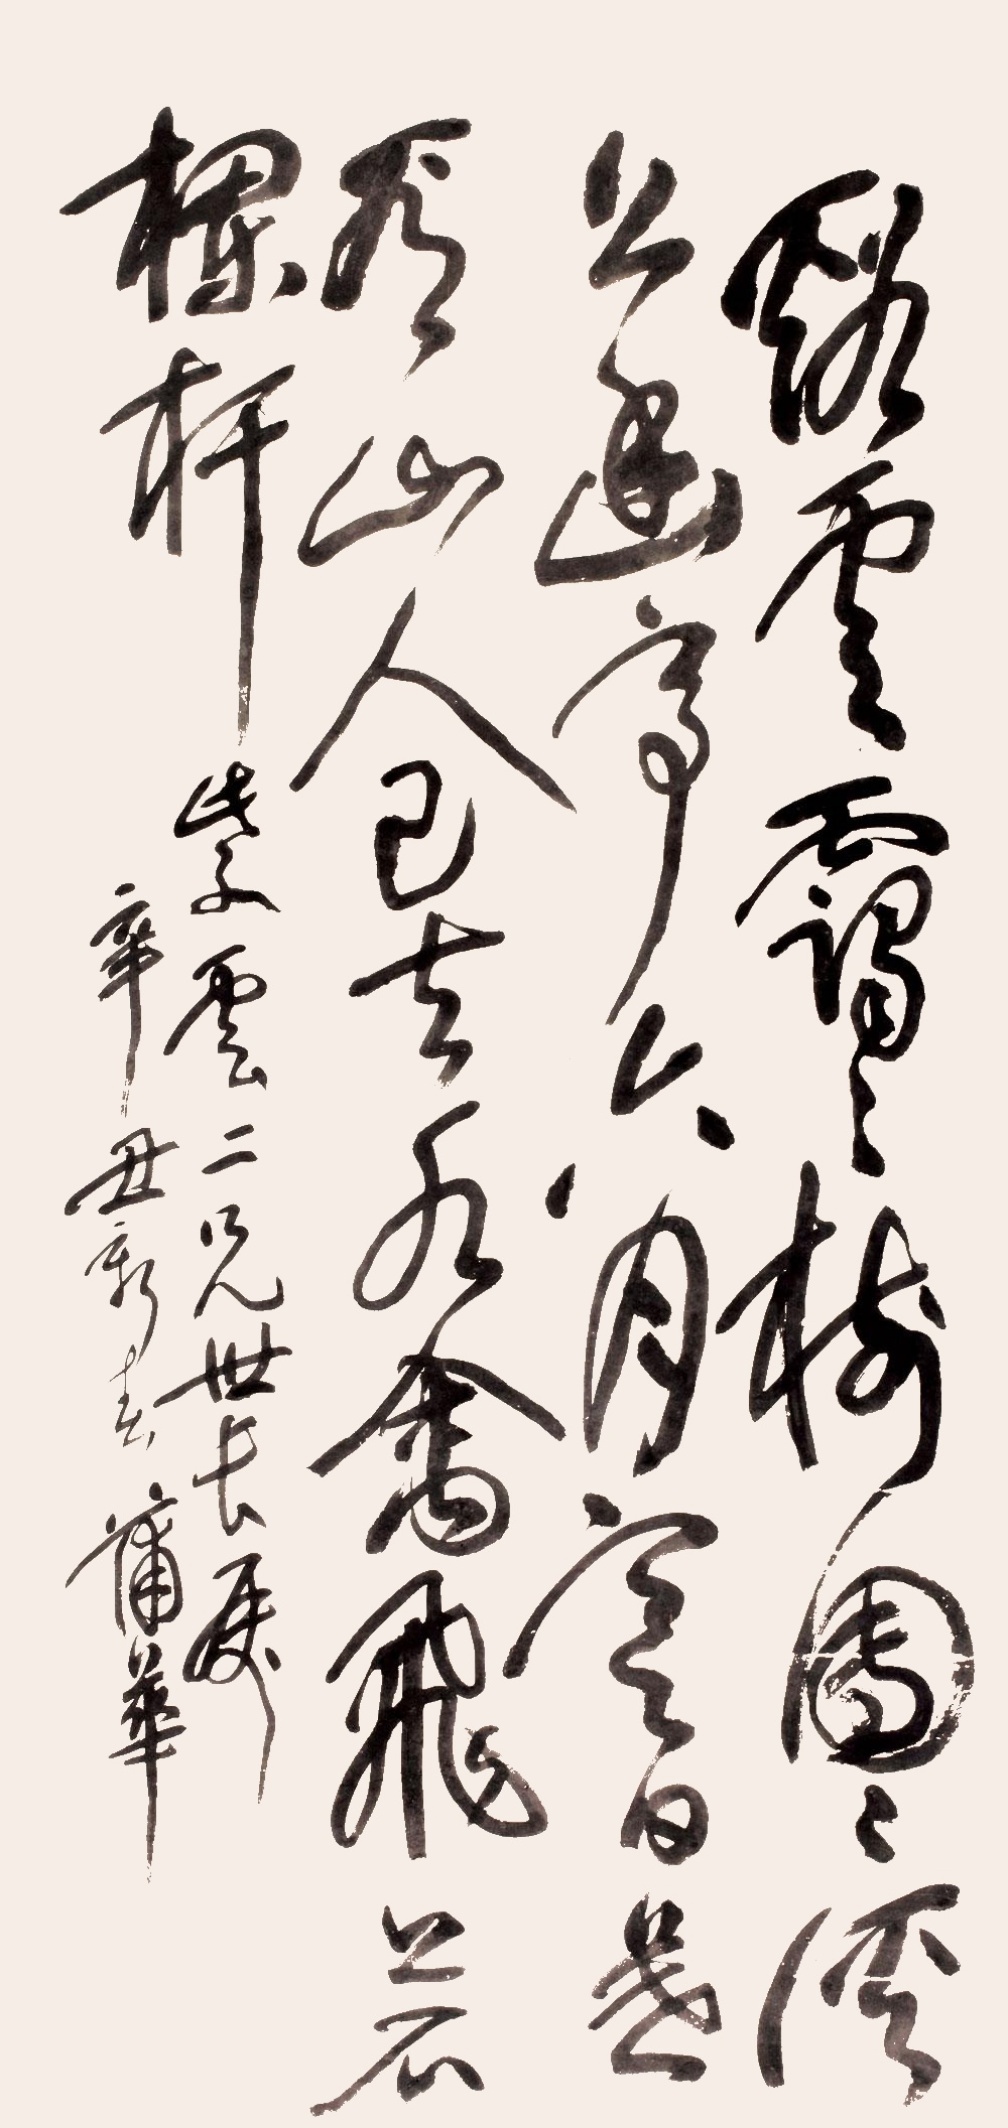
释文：溪云霭霭树团团，溪上幽亭六月寒。日暮看山人已去，水禽飞上石栏杆。紫云二兄世长属，辛丑新春蒲华。